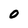
Character: O